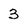
Character: 3